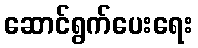
ဆောင်ရွက်ပေးရေး